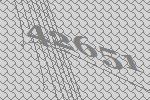
42651